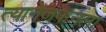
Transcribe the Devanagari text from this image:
त्यानेजपानला